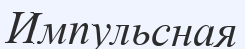
Импульсная